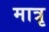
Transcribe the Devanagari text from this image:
मात्रृ